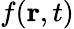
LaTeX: f(\textbf{r},t)